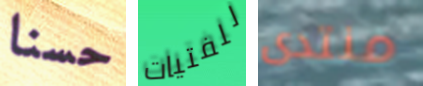
حسنا للفتيات منتدى